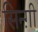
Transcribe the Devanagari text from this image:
सिन्ग़ी